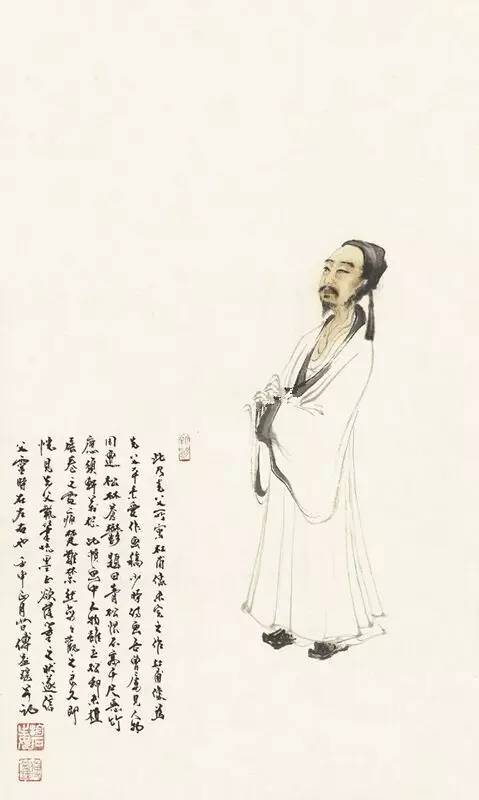
故人入我梦，明我长相忆。